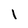
Character: l